Reports on dispensaries and lunatic asylums in the Province of Oudh - 1869-1876
Year: 1869
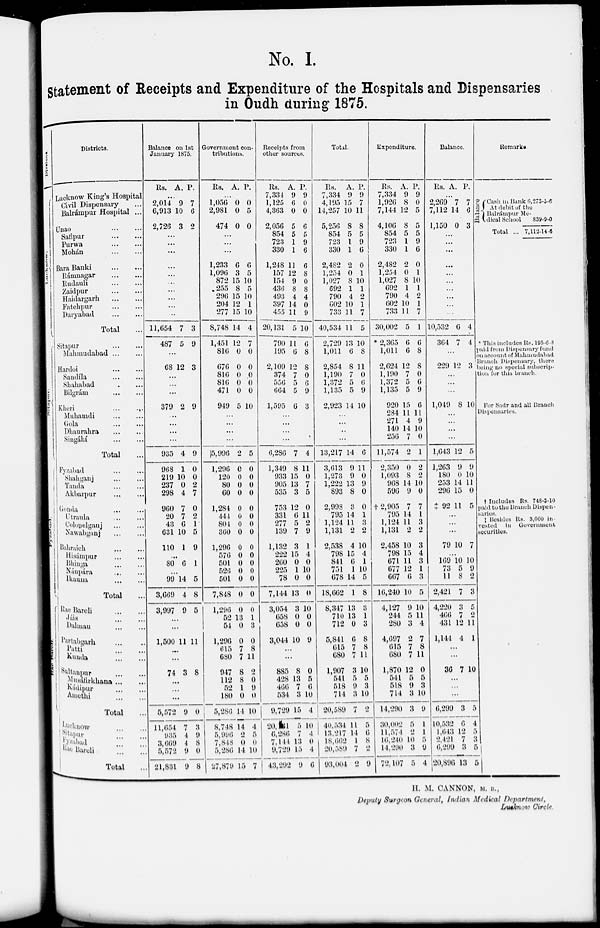
No. I.
Statement of Receipts and Expenditure of the Hospitals and Dispensaries
in Oudh during 1875.
Divisions.
Lucknow.
Sitapur.
Fyzabad.
Rae
Bareli
Districts.
Lucknow King's Hospital
Civil Dispensary ...
Balrámpur Hospital ...
Unao ... ...
Satípur ... ...
Purwa ... ...
Mohán ... ...
Bara Banki ... ...
Rámnagar ... ...
Rudauli ... ...
Zaidpur ... ...
Haidargarh ... ...
Fatehpur ... ...
Daryabad ... ...
Total ...
Sitapur ... ...
Mahmudabad ... ...
Hardoi ... ...
Sandíla ... ...
Shahabad ... ...
Bilgrám ... ...
Kheri ... ...
Muhamdi ... ...
Gola ... ...
Dhaurahra ... ...
Singáhí ... ...
Total ...
Fyzabad ... ...
shahganj ... ...
Tanda ... ...
Akbarpur ... ...
Gonda ... ...
Utraula ... ...
Colonelganj ... ...
Nawabganj ... ...
Bahraich ... ...
Hisámpur ... ...
Bhinga ... ...
Nánpára ... ...
Ikauna ... ...
Total ...
Rae Bareli ... ...
Jáis ... ...
Dalmau ... ...
Partabgarh ... ...
Patti ... ...
Kunda
...
...
Sultanpur ... ...
Musátirkhana ...
...
Kádipur ... ...
Amethi ... ...
Total ...
Lucknow
Sitapur ... ...
Fyzabad ... ...
Rae Bareli ... ...
Total ...
Balance on 1st
January 1875.
Rs. A. P.
...
2,014
6,913
2,726
9
10
3
7
6
2
...
...
...
...
...
...
...
...
...
..
11,654
487
7
5
3
9
...
68 12 3
...
...
...
379 2 9
...
...
...
...
935
968
219
237
298
960
20
43
631
110
4
1
10
0
4
7
7
6
10
1
9
0
0
2
7
0
2
1
5
9
...
80 6 1
...
99
3,669
3,997
14
4
9
5
8
5
...
...
1,500 11 11
...
...
74 3 8
...
...
...
5,572
11,654
935
3,669
5,572
21,831
9
7
4
4
9
9
0
3
9
8
0
8
Government con-
tributions.
Rs. A. P.
...
1,056
2,981
474
0
0
0
0
5
0
...
...
...
1,233
1,096
872
255
296
204
277
8,748
1,451
816
676
816
816
471
949
6
3
15
8
15
12
15
14
12
0
0
0
0
0
5
6
5
10
5
10
1
10
4
7
0
0
0
0
0
10
...
...
...
...
5,996
1,296
120
80
60
1,284
444
804
360
1,296
576
501
526
501
7,848
1,296
52
54
1,296
615
680
947
112
52
180
5,286
8,748
5,996
7,848
5,286
27,879
2
0
0
0
0
0
0
0
0
0
0
0
0
0
0
0
13
0
0
7
7
8
8
1
0
14
14
2
0
14
15
5
0
0
0
0
0
0
0
0
0
0
0
0
0
0
0
1
3
0
8
11
2
0 9
0
10
4
5
0
10
7
Receipts from
other sources.
Rs.
7,334
1,125
4,363
2,056
854
723
330
1,248
157
154
436
493
397
455
20,131
790
195
2,109
374
556
664
1,595
A.
9
6
0
5
5
1
1
11
12
9
8
4
14
11
5
11
6
12
7
5
5
6
P.
9
0
0
6
5
9
6
6
8
0
8
4
0
9
10
6
8
8
0
6
9
3
...
...
...
...
6,286
1,349
933
905
535
753
331
277
139
1,132
222
260
225
78
7,144
3,054
658
658
3,044
7
8
15
13
3
12
6
5
7
3
15
0
1
0
13
3
0
0
10
4
11
0
7
5
0
11
2
9
1
4
0
10
0
0
10
0
0
9
...
...
885
428
466
534
9,729
20,131
6,286
7,144
9,729
43,292
8
13
7
3
15
5
7
13
15
9
0
5
6
10
4
10
4
0
4
6
Total.
Rs.
7,334
4,195
14,257
5,256
854
723
330
2,482
1,254
1,027
692
790
602
733
40,534
2,729
1,011
2,854
1,190
1,372
1,135
2,923
A.
9
15
10
8
5
1
1
2
0
8
1
4
10
11
11
13
6
8
7
5
5
14
P.
9
7
11
8
5
9
6
0
1
10
1
2
1 7
5
10
8
11
0
6
9
10
...
...
...
...
13,217
3,613
1,273
1,222
893
2,998
795
1,124
1,131
2,538
798
841
751
678
18,662
8,347
710
712
5,841
615
680
1,907
541
518
714
20,589
40,534
13,217
18,662
20,589
93,004
14
9
9
13
8
3
14
11
2
4
15
6
1
14
1
13
13
0
6
7
7
3
5
9
3
7
11
14
1
7
2
6
11
0
9
0
0
1
3
2
10
4
1
10
5
8
3
1
3
8
8
11
10
5
3
10
2
5
6
8
2
9
Expenditure.
Rs.
7,334
1,926
7,144
4,106
854
723
330
2,482
1,254
1,027
692
790
602
733
30,002
* 2,365
1,011
2,624
1,190
1,372
1,135
920
284
271
140
256
11,574
2,350
1,093
968
596
† 2,905
795
1,124
1,131
2,458
798
671
677
667
16,240
4,127
244
280
4,697
615
680
1,870
541
518
714
14,290
30,002
11,574
16,240
14,290
72,107
A.
9
8
12
8
5
1
1
2
0
8
1
4
10
11
5
6
6
12
7
5
5
15
11
4
14
7
2
0
8
14
9
7
14
11
2
10
15
11
12
6
10
9
5
3
2
7
7
12
5
9
3
3
5
2
10
3
5
P.
9
0
5
5
5
9
6
0
1
10
1
2
1
7
1
6
8
8
0
6
9
6
11
9
10
0
1
2
2
10
0
7
1
3
2
3
4
3
1
3
5
10
11
4
7
8
11
0
5
3
10
9
1
1
5
9
4
Balance.
Rs. A. P.
...
2,269
7,112
1,150
7
14
0
7
6
3
...
...
...
...
...
...
...
...
...
...
10,532
364
6
7
4
4
...
229 12 3
...
...
...
1,049 8 10
...
...
...
...
1,643
1,263
180
253
296
‡ 92
12
9
0
14
15
11
5
9
10
11
0
5
...
...
...
79
...
169
73
11
2,421
4,220
466
431
1,144
10
10
5
8
7
3
7
12
4
7
10
9
2
3
5
2
11
1
...
...
36 7 10
...
...
...
6,299
10,532
1,643
2,421
6,299
20,896
3
6
12
7
3
13
5
4
5
3
5
5
Remarks
Balance
Cash in Bank
At debit of the
Balrámpur Me-
dical school
Total ...
6,273-5-6
839-9-0
7,112-14-6
* This includes Rs. 195-6-8
paid from Dispensary fund
on account of Mahmudabad
Branch dispensary, there
being no special subscrip-
tion for this branch.
For Sadr and all Branch
Dispensaries.
† Includes Rs. 748-3-10
paid to the Branch Dispen-
saries.
‡ Besides Rs. 3,000 in
vested
in
Government
securities.
H. M. CANNON, M. B.,
Deputy Surgeon General, Indian Medical Department,
Lucknow Circle